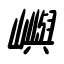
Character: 嶼